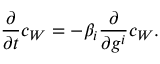
{ \frac { \partial } { \partial t } } c _ { W } = - \beta _ { i } { \frac { \partial } { \partial g ^ { i } } } c _ { W } .